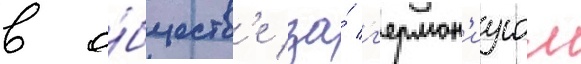
в о́бществ'е за́ г'ермон'иусом